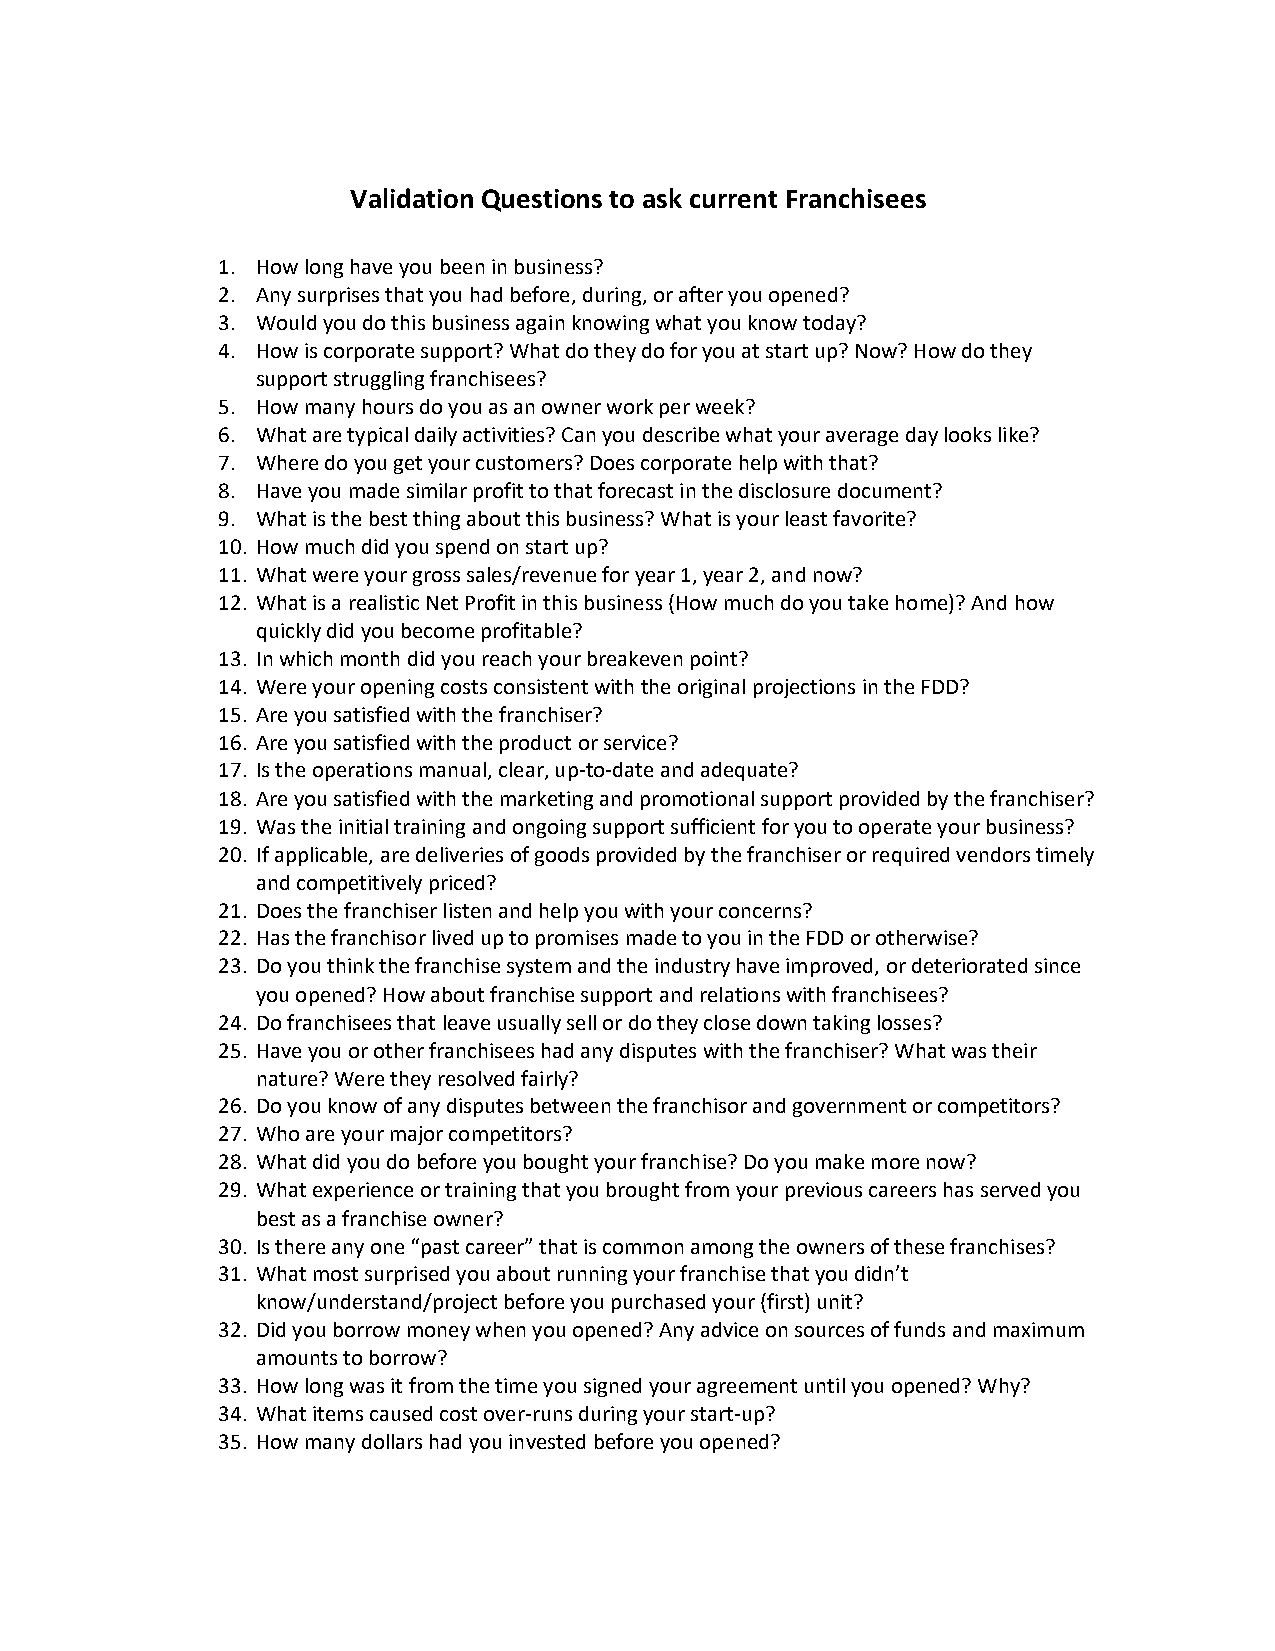
Validation Questions to ask current Franchisees
 1. How long have you been in business?
 2. Any surprises that you had before, during, or after you opened?
 3. Would you do this business again knowing what you know today?
 4. How is corporate support? What do they do for you at start up? Now? How do they
 support struggling franchisees?
 5. How many hours do you as an owner work per week?
 6. What are typical daily activities? Can you describe what your average day looks like?
 7. Where do you get your customers? Does corporate help with that?
 8. Have you made similar profit to that forecast in the disclosure document?
 9. What is the best thing about this business? What is your least favorite?
 10. How much did you spend on start up?
 11. What were your gross sales/revenue for year 1, year 2, and now?
 12. What is a realistic Net Profit in this business (How much do you take home)? And how
 quickly did you become profitable?
 13. In which month did you reach your breakeven point?
 14. Were your opening costs consistent with the original projections in the FDD?
 15. Are you satisfied with the franchiser?
 16. Are you satisfied with the product or service?
 17. Is the operations manual, clear, up-to-date and adequate?
 18. Are you satisfied with the marketing and promotional support provided by the franchiser?
 19. Was the initial training and ongoing support sufficient for you to operate your business?
 20. If applicable, are deliveries of goods provided by the franchiser or required vendors timely
 and competitively priced?
 21. Does the franchiser listen and help you with your concerns?
 22. Has the franchisor lived up to promises made to you in the FDD or otherwise?
 23. Do you think the franchise system and the industry have improved, or deteriorated since
 you opened? How about franchise support and relations with franchisees?
 24. Do franchisees that leave usually sell or do they close down taking losses?
 25. Have you or other franchisees had any disputes with the franchiser? What was their
 nature? Were they resolved fairly?
 26. Do you know of any disputes between the franchisor and government or competitors?
 27. Who are your major competitors?
 28. What did you do before you bought your franchise? Do you make more now?
 29. What experience or training that you brought from your previous careers has served you
 best as a franchise owner?
 30. Is there any one “past career” that is common among the owners of these franchises?
 31. What most surprised you about running your franchise that you didn’t
 know/understand/project before you purchased your (first) unit?
 32. Did you borrow money when you opened? Any advice on sources of funds and maximum
 amounts to borrow?
 33. How long was it from the time you signed your agreement until you opened? Why?
 34. What items caused cost over-runs during your start-up?
 35. How many dollars had you invested before you opened?